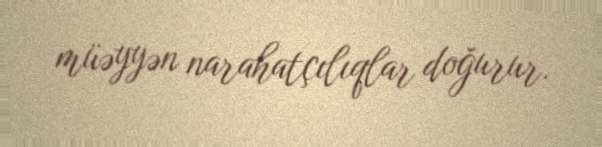
müəyyən narahatçılıqlar doğurur.